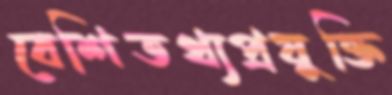
বেশিতথ্যপ্রযুক্তি